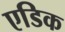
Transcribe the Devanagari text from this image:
एडिक